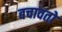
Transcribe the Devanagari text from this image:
बचावतो